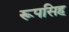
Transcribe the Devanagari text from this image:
रूपसिह